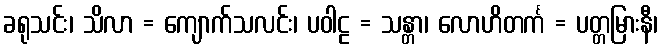
ခရုသင်း၊ သိလာ = ကျောက်သလင်း၊ ပဝါဠ = သန္တာ၊ လောဟိတင်္က = ပတ္တမြားနီ၊